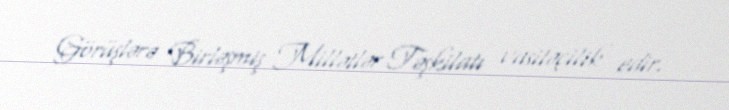
Görüşlərə Birləşmiş Millətlər Təşkilatı vasitəçilik edir.